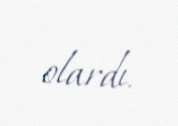
olardı.